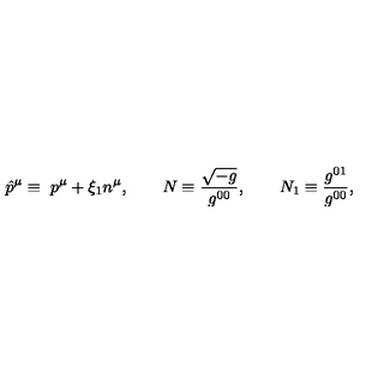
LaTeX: \hat { p } ^ { \mu } \equiv \ p ^ { \mu } + \xi _ { 1 } n ^ { \mu } , \qquad N \equiv \frac { \sqrt { - g } } { g ^ { 0 0 } } , \qquad N _ { 1 } \equiv \frac { g ^ { 0 1 } } { g ^ { 0 0 } } ,